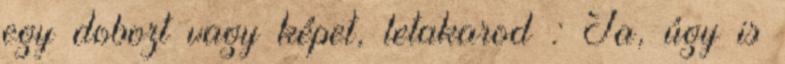
egy dobozt vagy képet, letakarod : Ja, úgy is